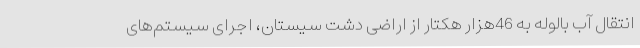
انتقال آب بالوله به 46هزار هکتار از اراضی دشت سیستان، اجرای سیستم‌های